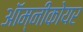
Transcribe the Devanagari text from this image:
ऑम्नीकोयर